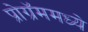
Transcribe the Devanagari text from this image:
प्रोग्रॅममध्ये